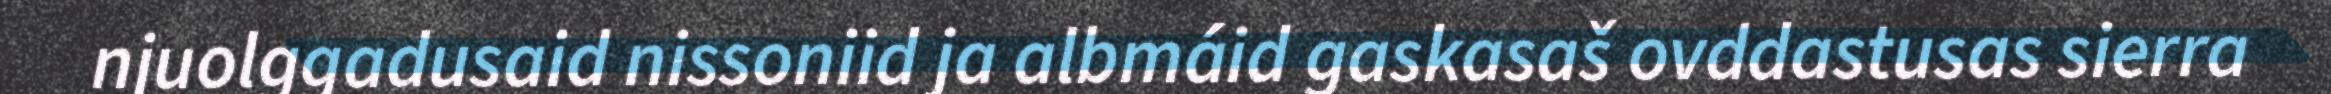
njuolggadusaid nissoniid ja albmáid gaskasaš ovddastusas sierra